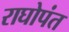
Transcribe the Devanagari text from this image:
राघोपंत